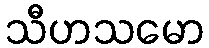
သီဟသမော